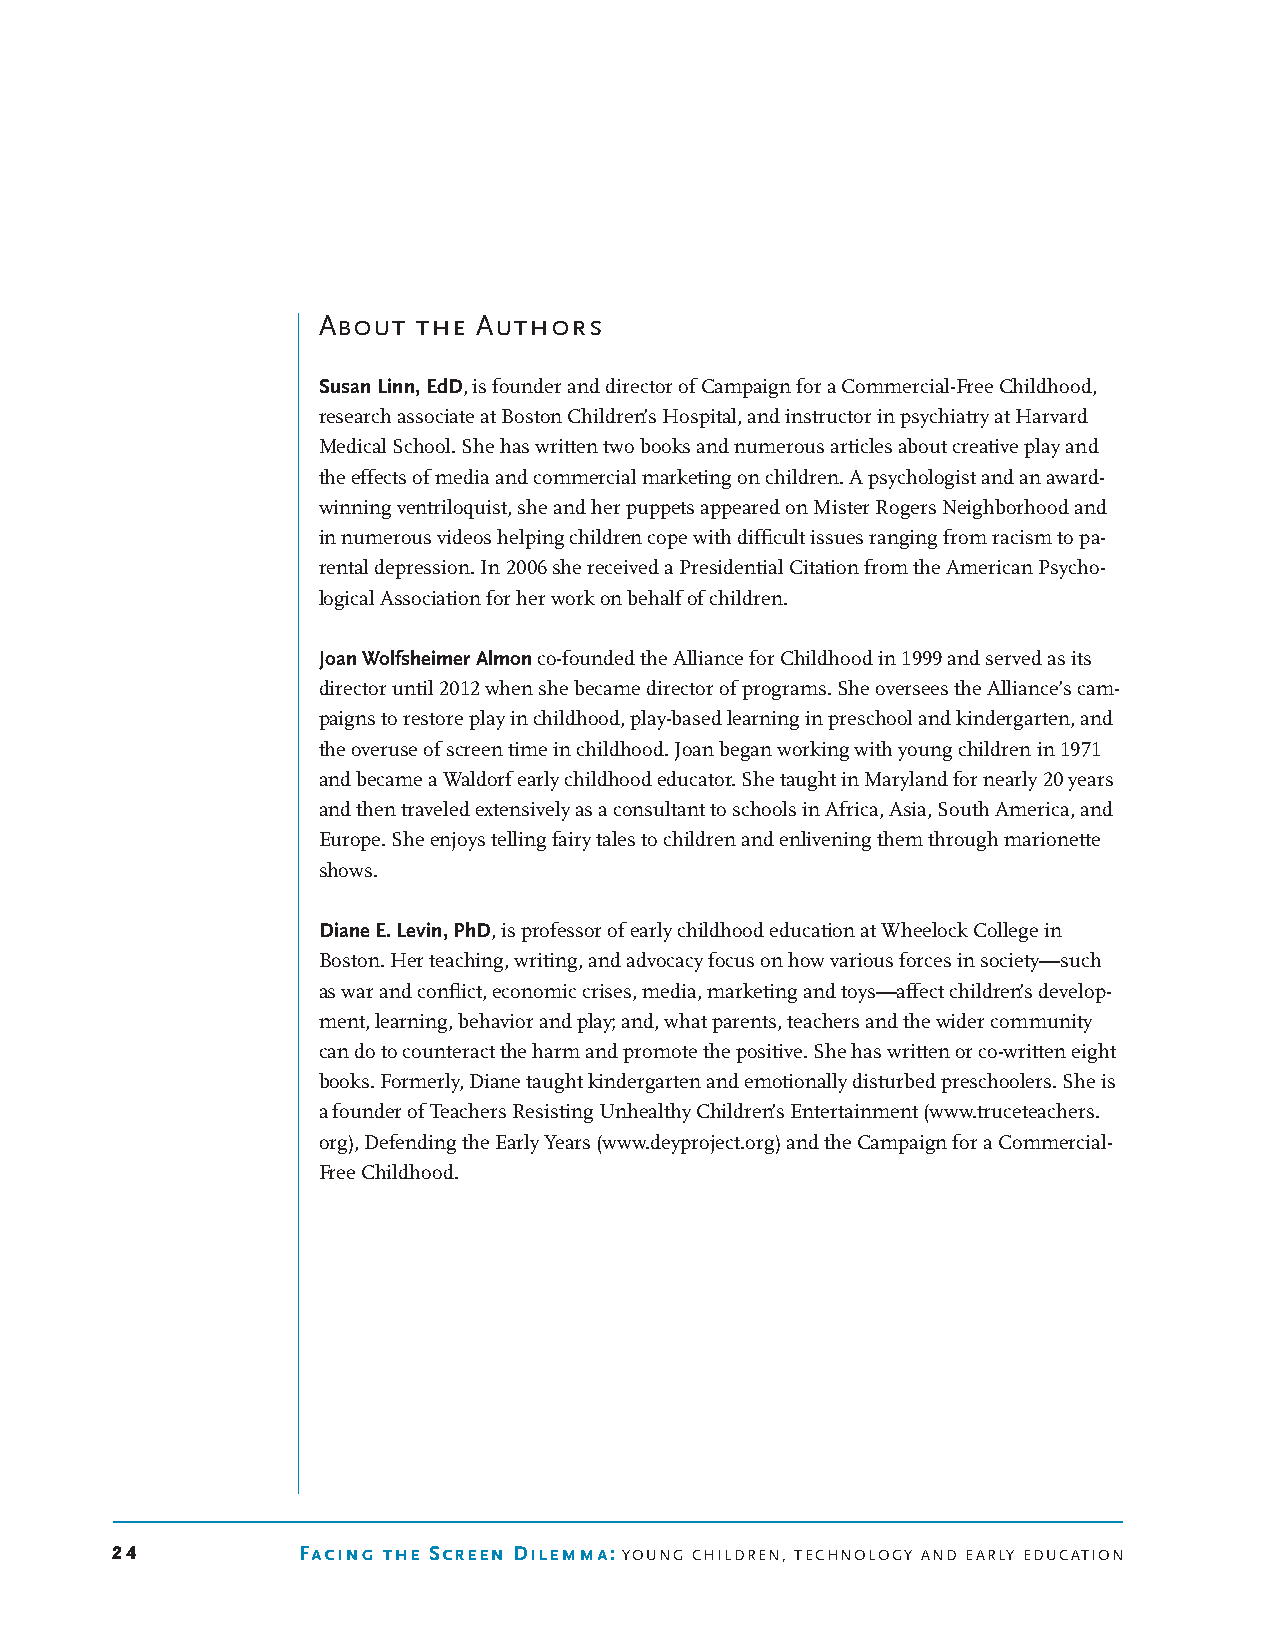
About  the Authors
 Susan Linn, EdD, is founder and director of Campaign for a Commercial-Free Childhood,
 research associate at Boston Children’s Hospital, and instructor in psychiatry at Harvard
 Medical School. She has written two books and numerous articles about creative play and
 the effects of media and commercial marketing on children. A psychologist and an award-
 winning ventriloquist, she and her puppets appeared on Mister Rogers Neighborhood and
 in numerous videos helping children cope with difficult issues ranging from racism to pa-
 rental depression. In 2006 she received a Presidential Citation from the American Psycho-
 logical Association for her work on behalf of children.
 Joan Wolfsheimer Almon co-founded the Alliance for Childhood in 1999 and served as its
 director until 2012 when she became director of programs. She oversees the Alliance’s cam-
 paigns to restore play in childhood, play-based learning in preschool and kindergarten, and
 the overuse of screen time in childhood. Joan began working with young children in 1971
 and became a Waldorf early childhood educator. She taught in Maryland for nearly 20 years
 and then traveled extensively as a consultant to schools in Africa, Asia, South America, and
 Europe. She enjoys telling fairy tales to children and enlivening them through marionette
 shows.
 Diane E. Levin, PhD, is professor of early childhood education at Wheelock College in
 Boston. Her teaching, writing, and advocacy focus on how various forces in society—such
 as war and conflict, economic crises, media, marketing and toys—affect children’s develop-
 ment, learning, behavior and play; and, what parents, teachers and the wider community
 can do to counteract the harm and promote the positive. She has written or co-written eight
 books. Formerly, Diane taught kindergarten and emotionally disturbed preschoolers. She is
 a founder of Teachers Resisting Unhealthy Children’s Entertainment (www.truceteachers.
 org), Defending the Early Years (www.deyproject.org) and the Campaign for a Commercial-
 Free Childhood.
 24           Facing the Screen Dilemma: Young Children, TeChnologY and earlY eduCaTion